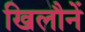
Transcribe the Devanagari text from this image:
खिलौनें